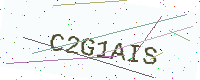
Text: C2G1AIS